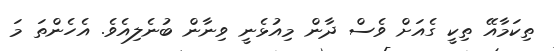
ތިކަމާއޭ ތިކީ ގެއަށް ވެސް ދާން މިއުޅެނީ ވިނާން ބުނެލިއެވެ. އެހެންތަ މަ